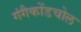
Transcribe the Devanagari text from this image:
गंगैकोंडचोल